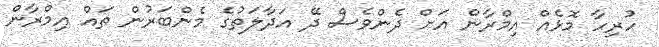
ހުރިހާ މޮޅެއް އިމްރާން އަށް ދެންވެސް ދޭ އަދާލަތުގެ މެންބަރުން ތައް އިމްރާން